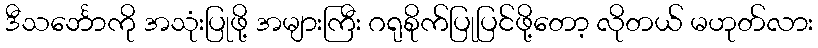
ဒီသင်္ဘောကို အသုံးပြုဖို့ အများကြီး ဂရုစိုက်ပြုပြင်ဖို့တော့ လိုတယ် မဟုတ်လား